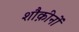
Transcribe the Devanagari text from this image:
शौक़ीनों